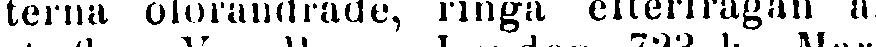
terna oförändrade, ringa efterfrågan al'